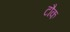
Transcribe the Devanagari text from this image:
टौक